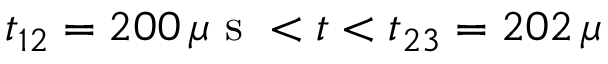
t _ { 1 2 } = 2 0 0 \, \mu \mathrm { ~ s ~ } < t < t _ { 2 3 } = 2 0 2 \, \mu